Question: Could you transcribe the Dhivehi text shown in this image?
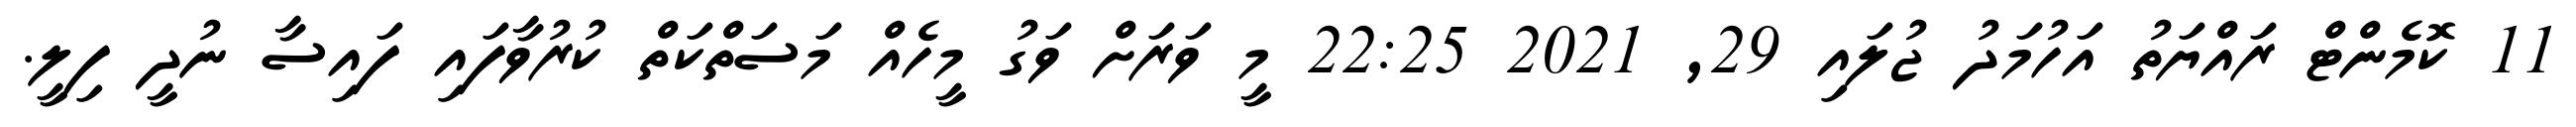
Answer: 11 ކޮމެންޓް ރައްޔަތު އަހުމަދު ޖުލައި 29, 2021 22:25 މީ ވަރަށް ވަގު މީހެއް މަސަތްކަތް ކުރުވާފައި ފައިސާ ނުދީ ފިލީ.